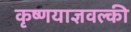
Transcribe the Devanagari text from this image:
कृष्णयाज्ञवल्की